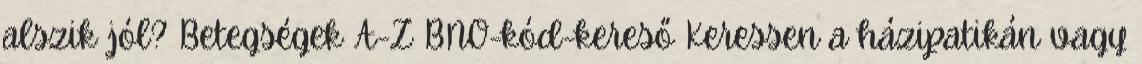
alszik jól? Betegségek A-Z BNO-kód-kereső Keressen a házipatikán vagy